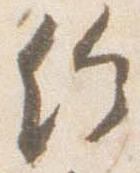
給